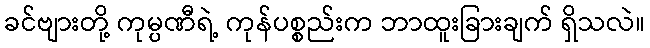
ခင်ဗျားတို့ ကုမ္ပဏီရဲ့ ကုန်ပစ္စည်းက ဘာထူးခြားချက် ရှိသလဲ။